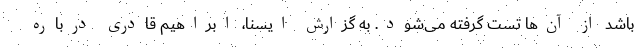
باشد از آن‌ها تست گرفته می‌شود. به گزارش ایسنا، ابراهیم قادری درباره